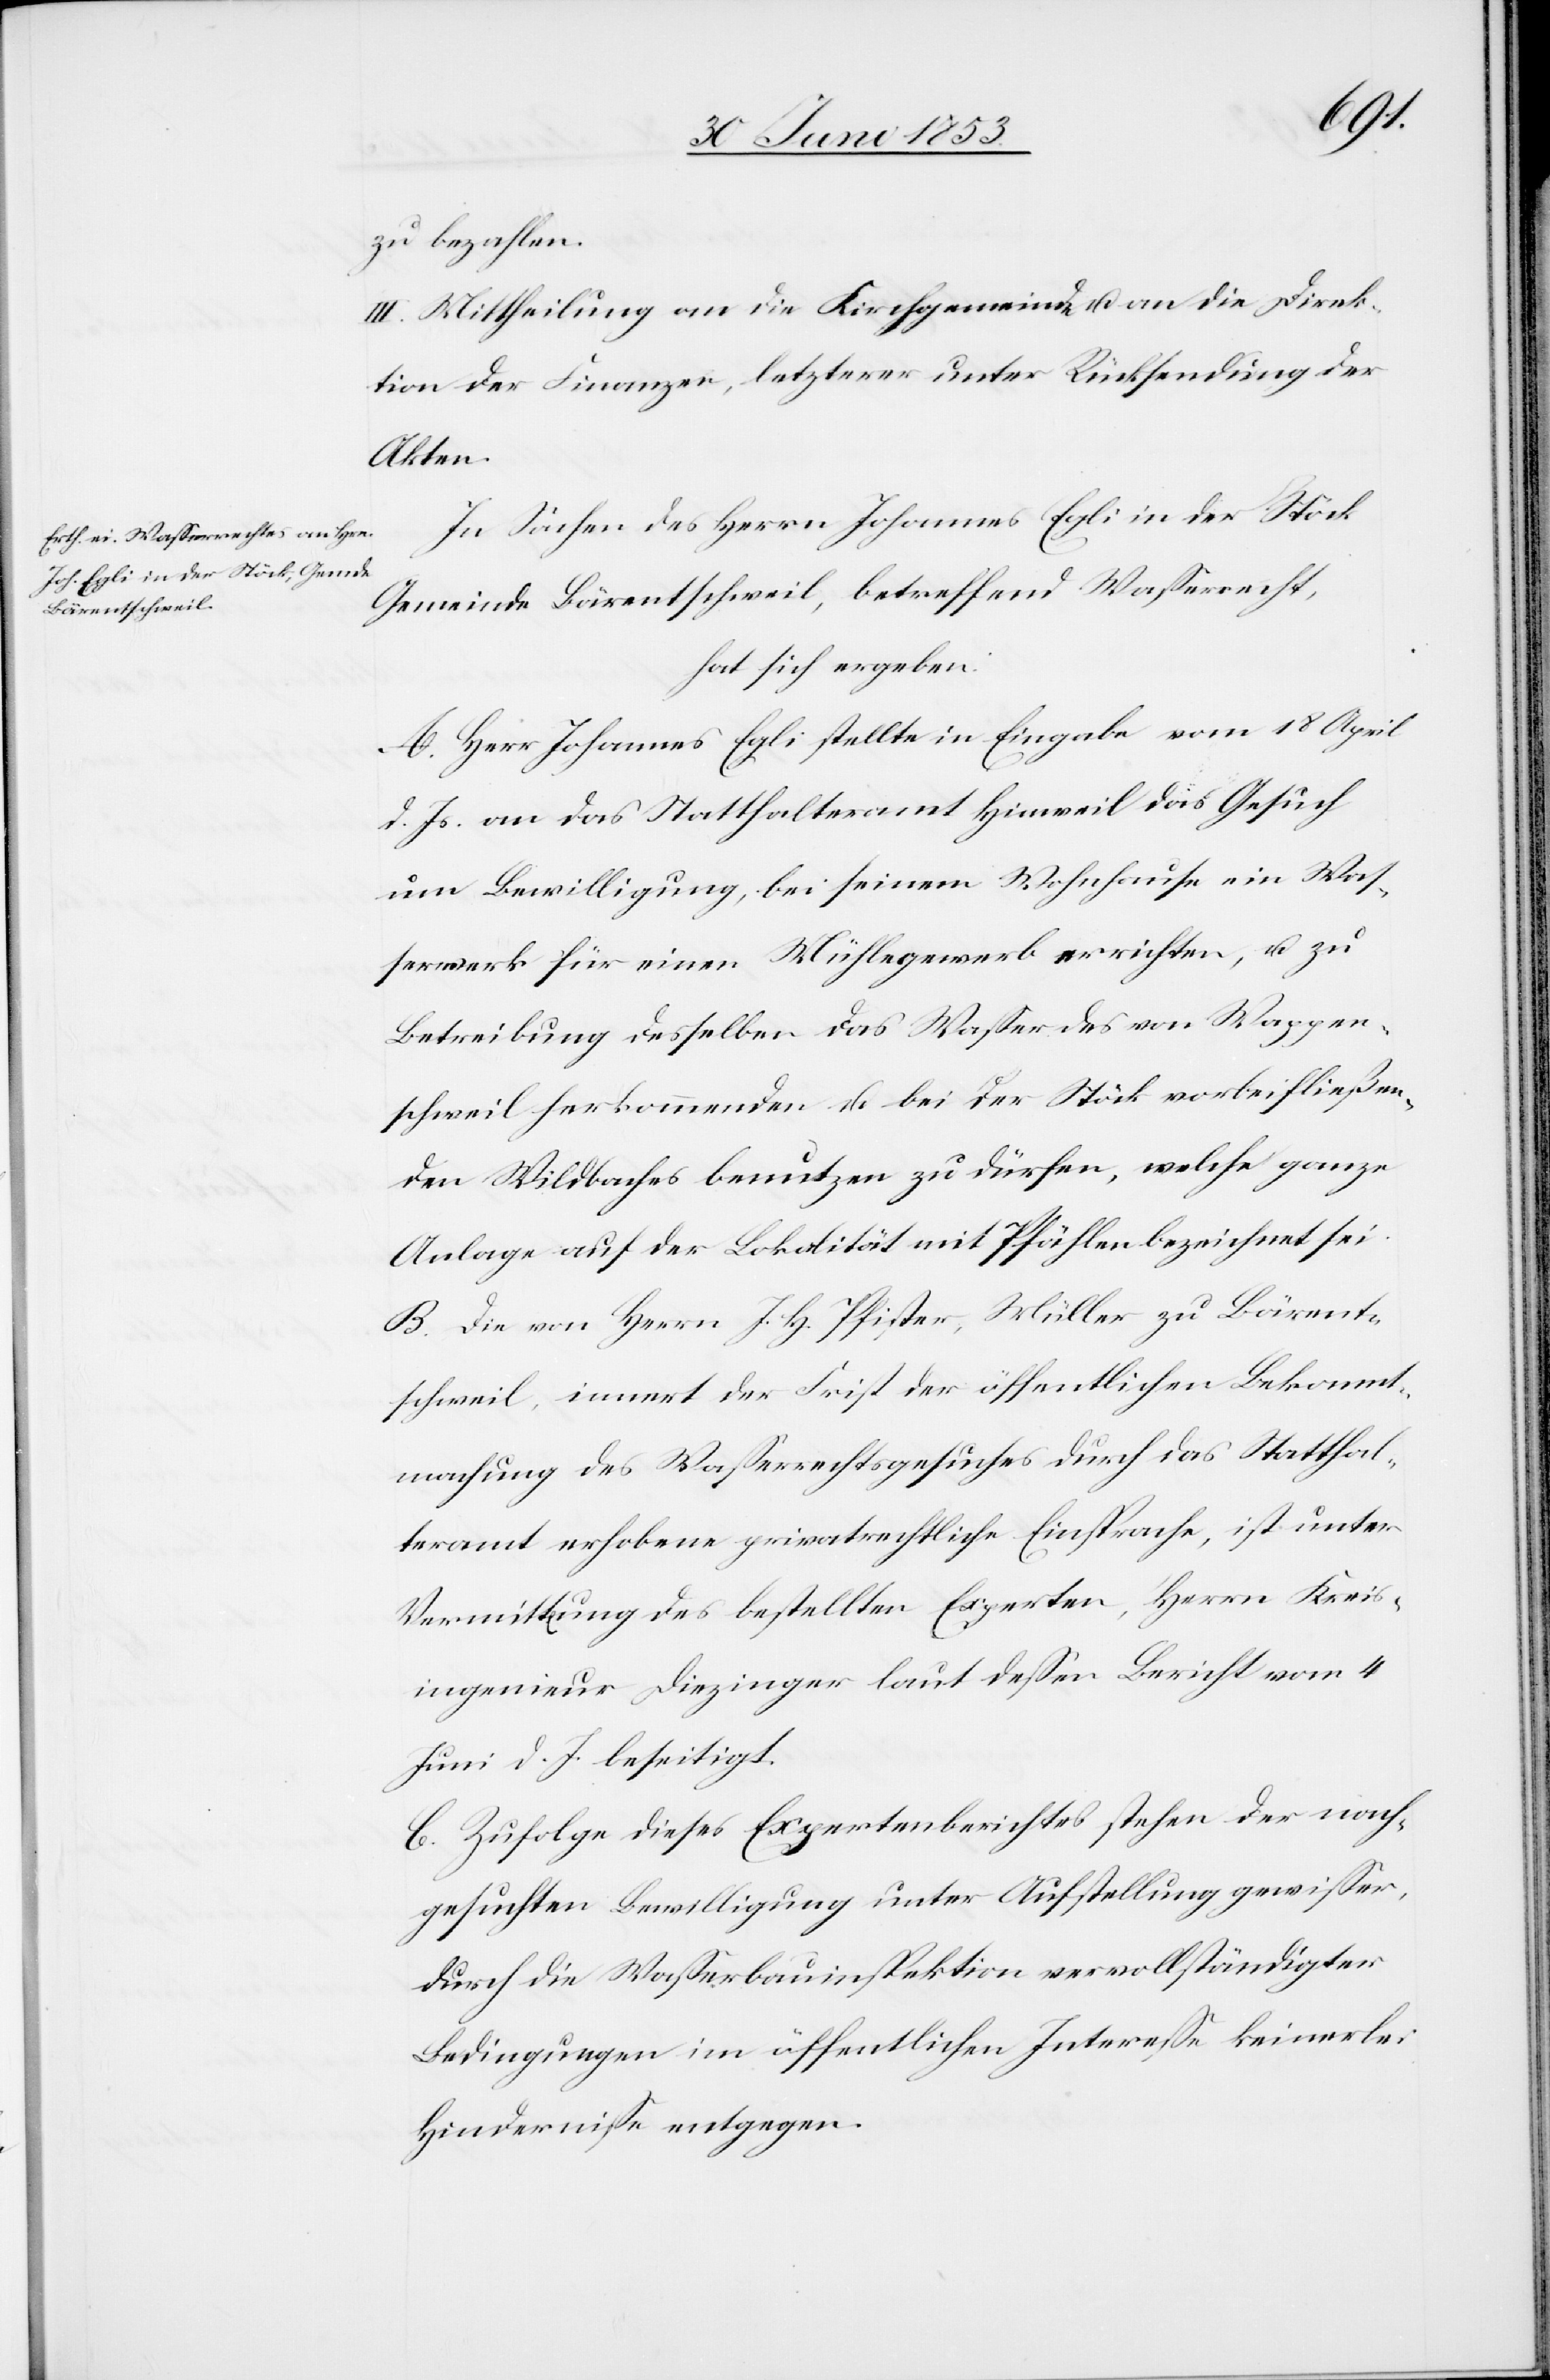
zu bezahlen.
III. Mittheilung an die Kirchgemeinde u. an die Direk¬
tion der Finanzen, letzterer unter Rücksendung der
Akten.
In Sachen des Herrn Johannes Egli in der Stöck
Gemeinde Bärentschweil, betreffend Waßerrecht,
hat sich ergeben:
A. Herr Johannes Egli stellte in Eingabe vom 18 April
d. Js. an das Statthalteramt Hinweil das Gesuch
um Bewilligung, bei seinem Wohnhause ein Was¬
serwerk für einen Mühlegewerb errichten, u. zu
Betreibung desselben das Waßer des von Wappen¬
schweil herkommenden u. bei der Stöck vorbeifließen¬
den Wildbaches benutzen zu dürfen, welche ganze
Anlage auf der Lokalität mit Pfählen bezeichnet sei.
B. Die von Herrn J. H. Pfister, Müller zu Bärent¬
sweil, innert der Frist der öffentlichen Bekannt¬
machung des Waßerrechtsgesuches durch das Statthal¬
teramt erhobene privatrechtliche Einsprache, ist unter
Vermittlung des bestellten Experten, Herrn Kreis¬
ingenieur Diezinger laut deßen Bericht vom 4
Juni d. J. beseitigt.
C. Zufolge dieses Expertenberichtes stehen der nach¬
gesuchten Bewilligung unter Aufstellung gewißer,
durch die Waßerbauinspektion vervollständigten
Bedingungen im öffentlichen Intereße keinerlei
Hinderniße entgegen.